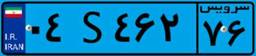
۷۹S۱۶۱۵۰